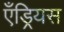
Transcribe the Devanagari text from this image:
एँड्रियस